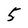
Character: 5